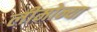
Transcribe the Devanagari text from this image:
लीमोन्या